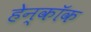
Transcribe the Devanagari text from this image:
हेन्कॉक